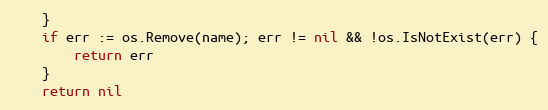
Language: Go
	}
	if err := os.Remove(name); err != nil && !os.IsNotExist(err) {
		return err
	}
	return nil